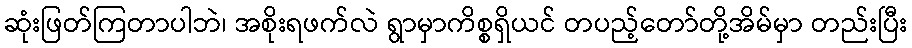
ဆုံးဖြတ်ကြတာပါဘဲ၊ အစိုးရဖက်လဲ ရွာမှာကိစ္စရှိယင် တပည့်တော်တို့အိမ်မှာ တည်းပြီး